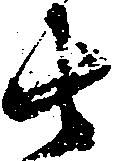
者